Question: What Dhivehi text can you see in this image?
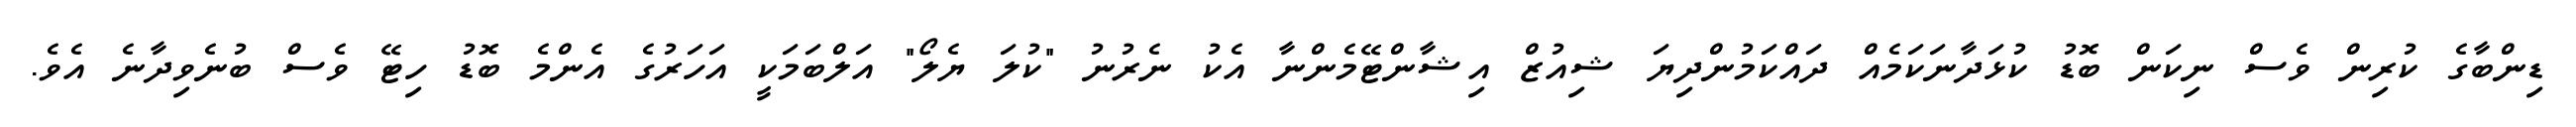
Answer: ޑިންބާގެ ކުރިން ވެސް ނިކަން ބޮޑު ކުޅަދާނަކަމެއް ދައްކަމުންދިޔަ ޝިއުޒް އިޝާންޓޭމެންނާ އެކު ނެރުނު "ކުލަ ޔެލޯ" އަލްބަމަކީ އަހަރުގެ އެންމެ ބޮޑު ހިޓޭ ވެސް ބުނެވިދާނެ އެވެ.